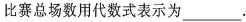
比赛总场数用代数式表示为___。